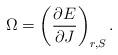
LaTeX: \begin{align*}\Omega =\left( \frac{\partial E}{\partial J}\right) _{r,S}. \end{align*}